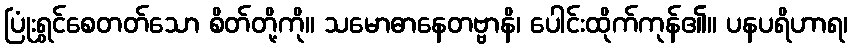
ပြုံးရွှင်စေတတ်သော စိတ်တို့ကို။ သမောဓာနေတဗ္ဗာနိ၊ ပေါင်းထိုက်ကုန်၏။ ပနပရိဟာရ၊